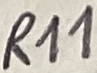
Text: R11